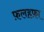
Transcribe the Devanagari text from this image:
फ़लहफ़ा